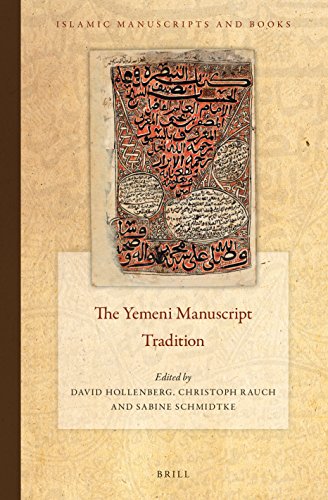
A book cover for The Yemeni Manuscript Tradition (Islamic Manuscripts and Books); History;